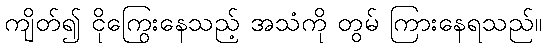
ကျိတ်၍ ငိုကြွေးနေသည့် အသံကို တွမ် ကြားနေရသည်။